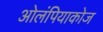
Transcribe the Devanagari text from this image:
ओलंपियाकोज